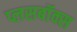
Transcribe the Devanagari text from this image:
प्लसबॉक्स